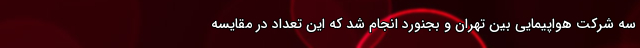
سه شرکت هواپیمایی بین تهران و بجنورد انجام شد که این تعداد در مقایسه